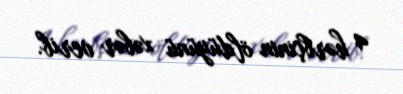
4 hərbçinin öldüyünü xəbər verib.